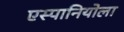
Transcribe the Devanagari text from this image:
एस्पानियोला